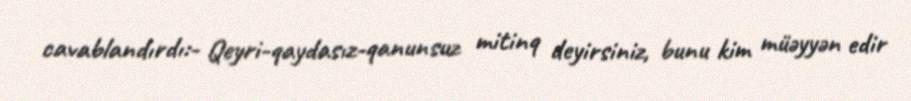
cavablandırdı:- Qeyri-qaydasız-qanunsuz mitinq deyirsiniz, bunu kim müəyyən edir